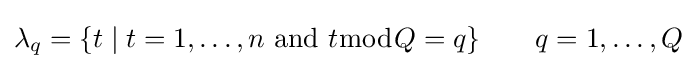
\lambda _{q}=\{t\mid t=1,\dots ,n{\text{ and }}t{\bmod {Q}}=q\}\qquad q=1,\dots ,Q